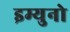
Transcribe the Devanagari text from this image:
इम्युनो